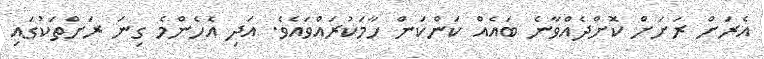
އެރަށް ރަށަށް ކޮށްދެއްވާނެ ބައެއް ކަންކަން ހާމަކުރައްވައެވެ. އަދި އެހެންމެ ގިނަ ރަށްތަކުގައި